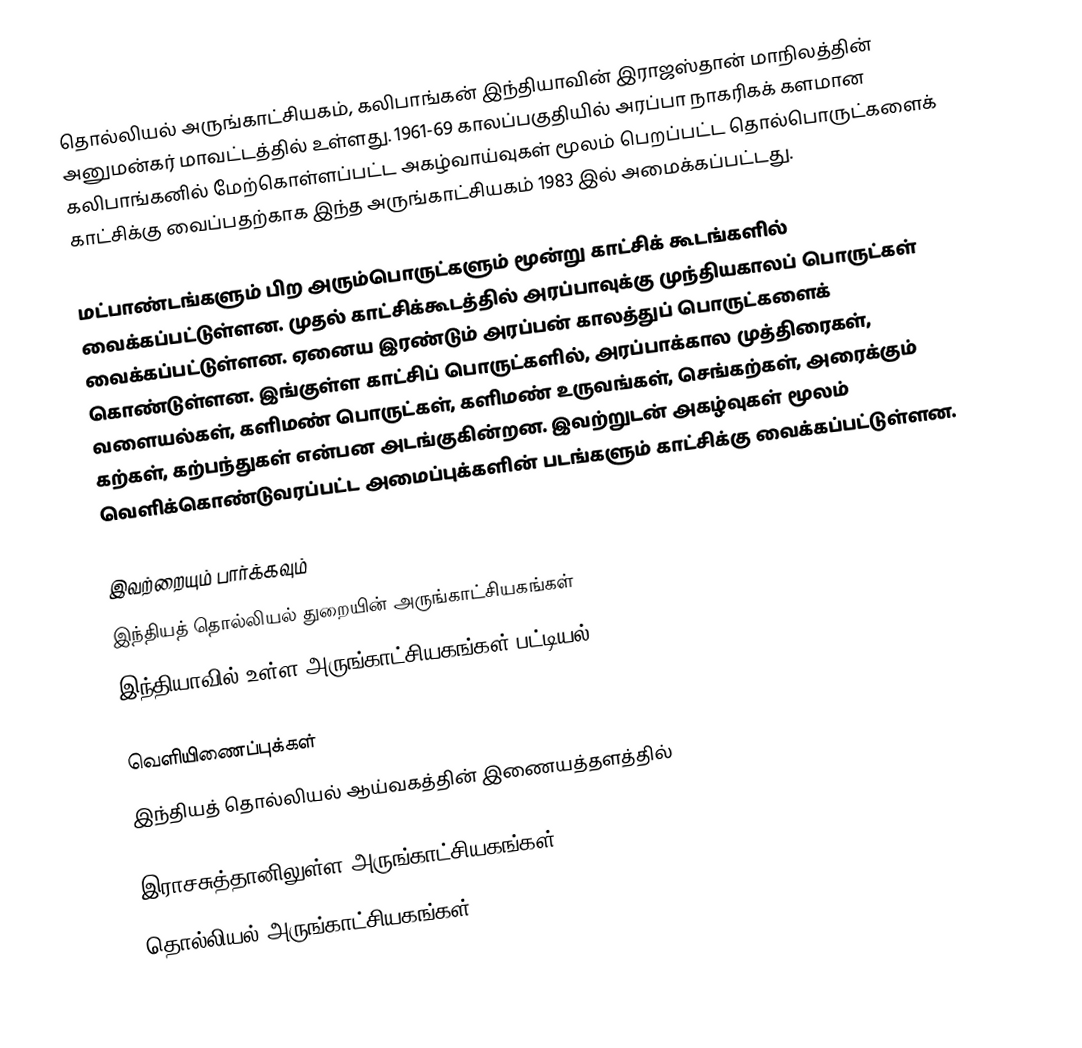
தொல்லியல் அருங்காட்சியகம், கலிபாங்கன் இந்தியாவின் இராஜஸ்தான் மாநிலத்தின் அனுமன்கர் மாவட்டத்தில் உள்ளது. 1961-69 காலப்பகுதியில் அரப்பா நாகரிகக் களமான கலிபாங்கனில் மேற்கொள்ளப்பட்ட அகழ்வாய்வுகள் மூலம் பெறப்பட்ட தொல்பொருட்களைக் காட்சிக்கு வைப்பதற்காக இந்த அருங்காட்சியகம் 1983 இல் அமைக்கப்பட்டது.

மட்பாண்டங்களும் பிற அரும்பொருட்களும் மூன்று காட்சிக் கூடங்களில் வைக்கப்பட்டுள்ளன. முதல் காட்சிக்கூடத்தில் அரப்பாவுக்கு முந்தியகாலப் பொருட்கள் வைக்கப்பட்டுள்ளன. ஏனைய இரண்டும் அரப்பன் காலத்துப் பொருட்களைக் கொண்டுள்ளன. இங்குள்ள காட்சிப் பொருட்களில், அரப்பாக்கால முத்திரைகள், வளையல்கள், களிமண் பொருட்கள், களிமண் உருவங்கள், செங்கற்கள், அரைக்கும் கற்கள், கற்பந்துகள் என்பன அடங்குகின்றன. இவற்றுடன் அகழ்வுகள் மூலம் வெளிக்கொண்டுவரப்பட்ட அமைப்புக்களின் படங்களும் காட்சிக்கு வைக்கப்பட்டுள்ளன.

இவற்றையும் பார்க்கவும்
 இந்தியத் தொல்லியல் துறையின் அருங்காட்சியகங்கள்
 இந்தியாவில் உள்ள அருங்காட்சியகங்கள் பட்டியல்

வெளியிணைப்புக்கள்
 இந்தியத் தொல்லியல் ஆய்வகத்தின் இணையத்தளத்தில்

இராசசுத்தானிலுள்ள அருங்காட்சியகங்கள்
தொல்லியல் அருங்காட்சியகங்கள்